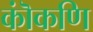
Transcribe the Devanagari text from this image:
कॊंकणि